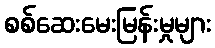
စစ်ဆေးမေးမြန်းမှုများ